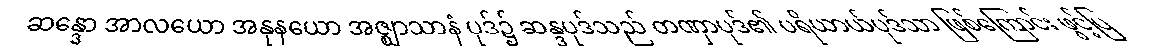
ဆန္ဒော အာလယော အနုနယော အဇ္ဈာသာနံ ပုဒ်၌ ဆန္ဒပုဒ်သည် တဏှာပုဒ်၏ ပရိယာယ်ပုဒ်သာ ဖြစ်ကြောင်း ဖွင့်ပြ